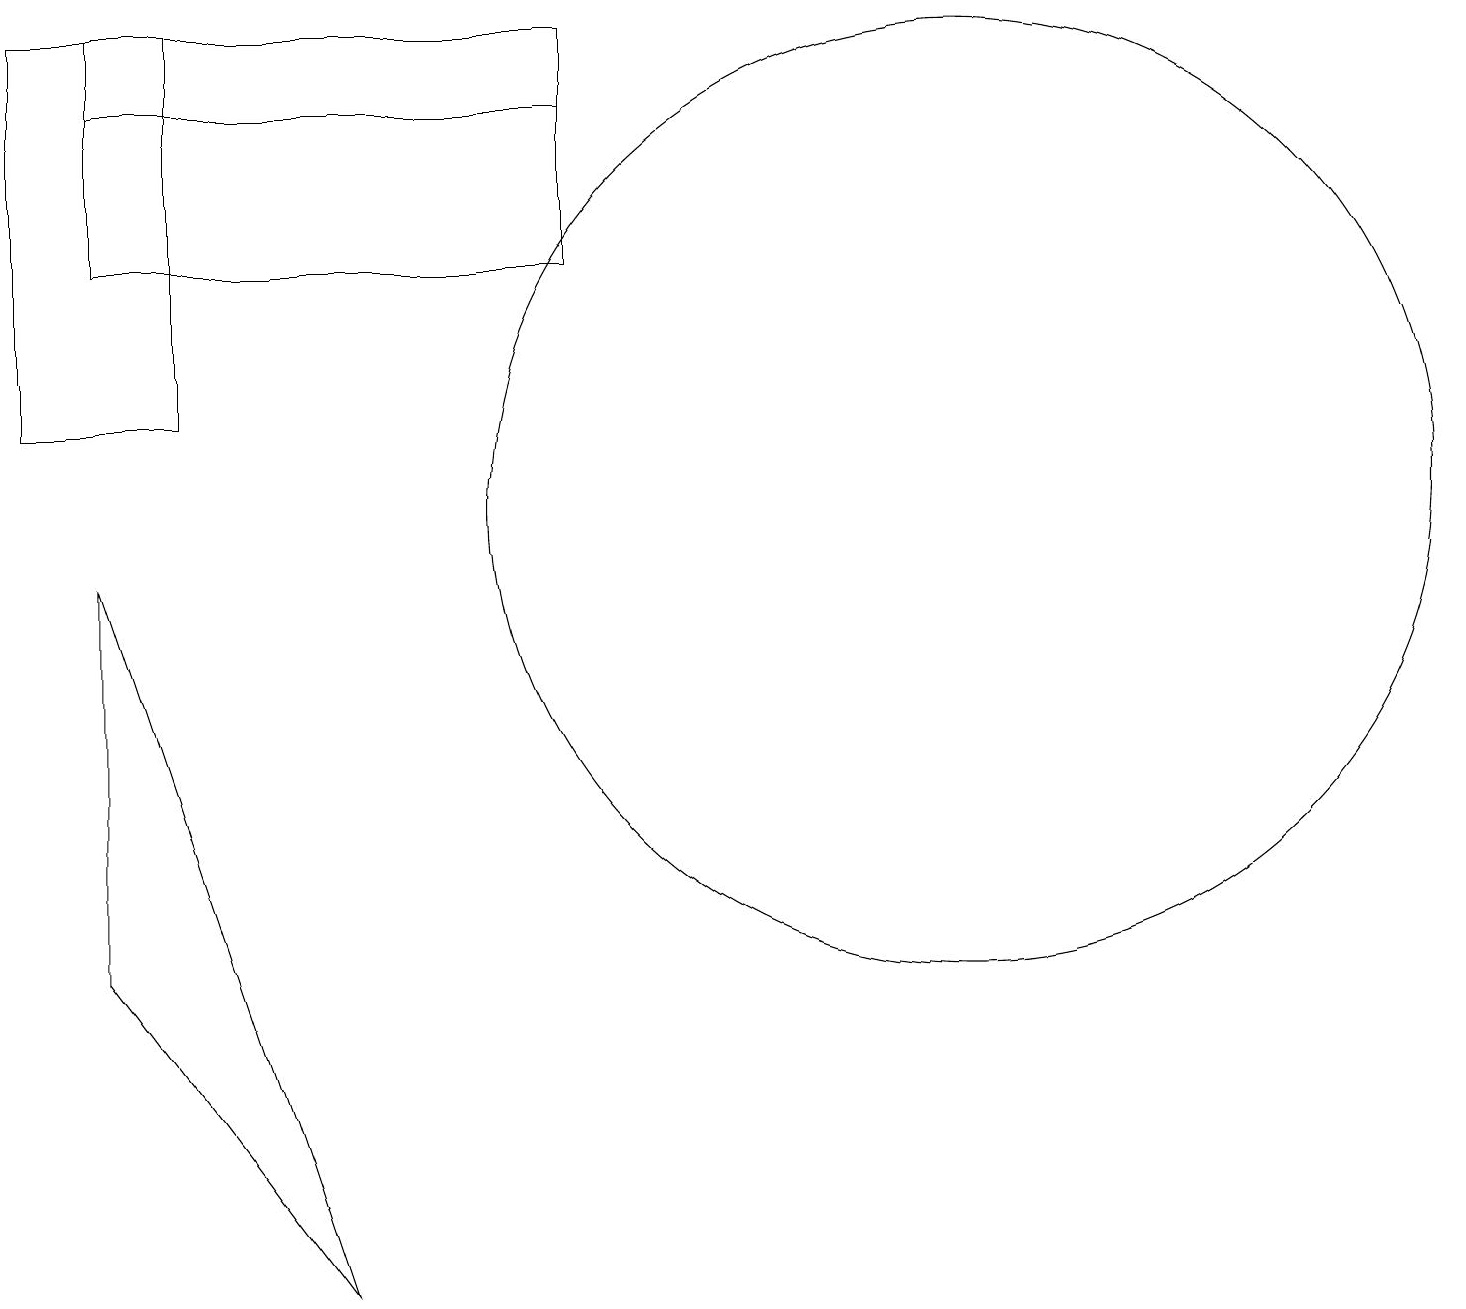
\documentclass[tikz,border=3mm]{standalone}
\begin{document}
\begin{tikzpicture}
\draw (1,9) -- (1,4) -- (4,0) -- cycle;
\draw (12,10) circle (6);
\draw (7,16) rectangle (5,16);
\draw (0,16) rectangle (2,11);
\draw (7,15) rectangle (1,13);
\draw (1,15) rectangle (7,16);
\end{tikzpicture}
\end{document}